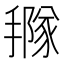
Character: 𢵩